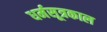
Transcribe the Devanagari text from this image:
धर्मसूत्रकाल